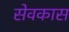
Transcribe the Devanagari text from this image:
सेवकास